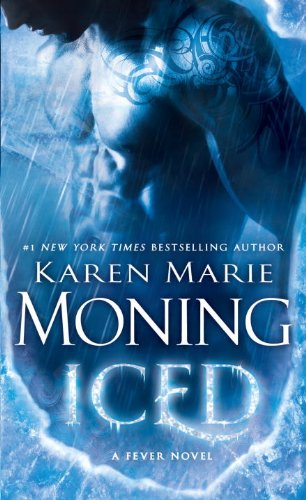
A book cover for Iced: Fever Series Book 6; Karen Marie Moning; Romance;